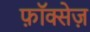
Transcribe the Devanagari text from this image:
फ़ॉक्सेज़